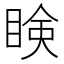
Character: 𥇥